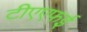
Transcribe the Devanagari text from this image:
टीएएफई